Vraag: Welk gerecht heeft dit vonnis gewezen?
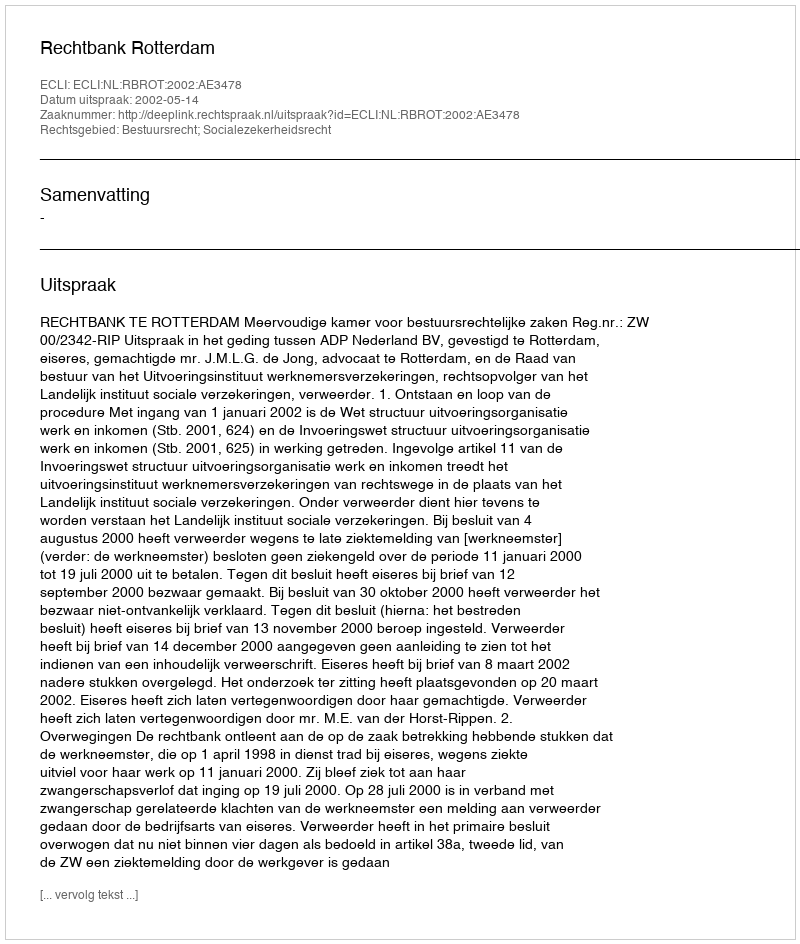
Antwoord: Rechtbank Rotterdam